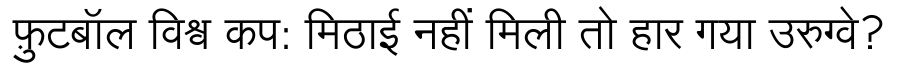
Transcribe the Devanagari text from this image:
फ़ुटबॉल विश्व कप: मिठाई नहीं मिली तो हार गया उरुग्वे?